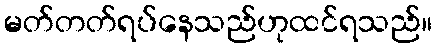
မတ်တတ်ရပ်နေသည်ဟုထင်ရသည်။